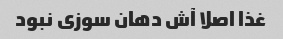
غذا اصلا آش دهان سوزی نبود